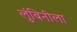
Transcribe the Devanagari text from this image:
लुंबिनीला